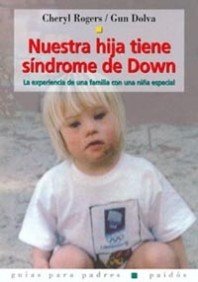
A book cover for Nuestra Hija Tiene Sindrome De Down/ Karina Has Down Syndrome: La Experiencia De Una Familia Con Una Nina Especial (Guias Para Padres Paidos / Paidos Parent's Guide) (Spanish Edition); Cheryl Rogers; Health, Fitness & Dieting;